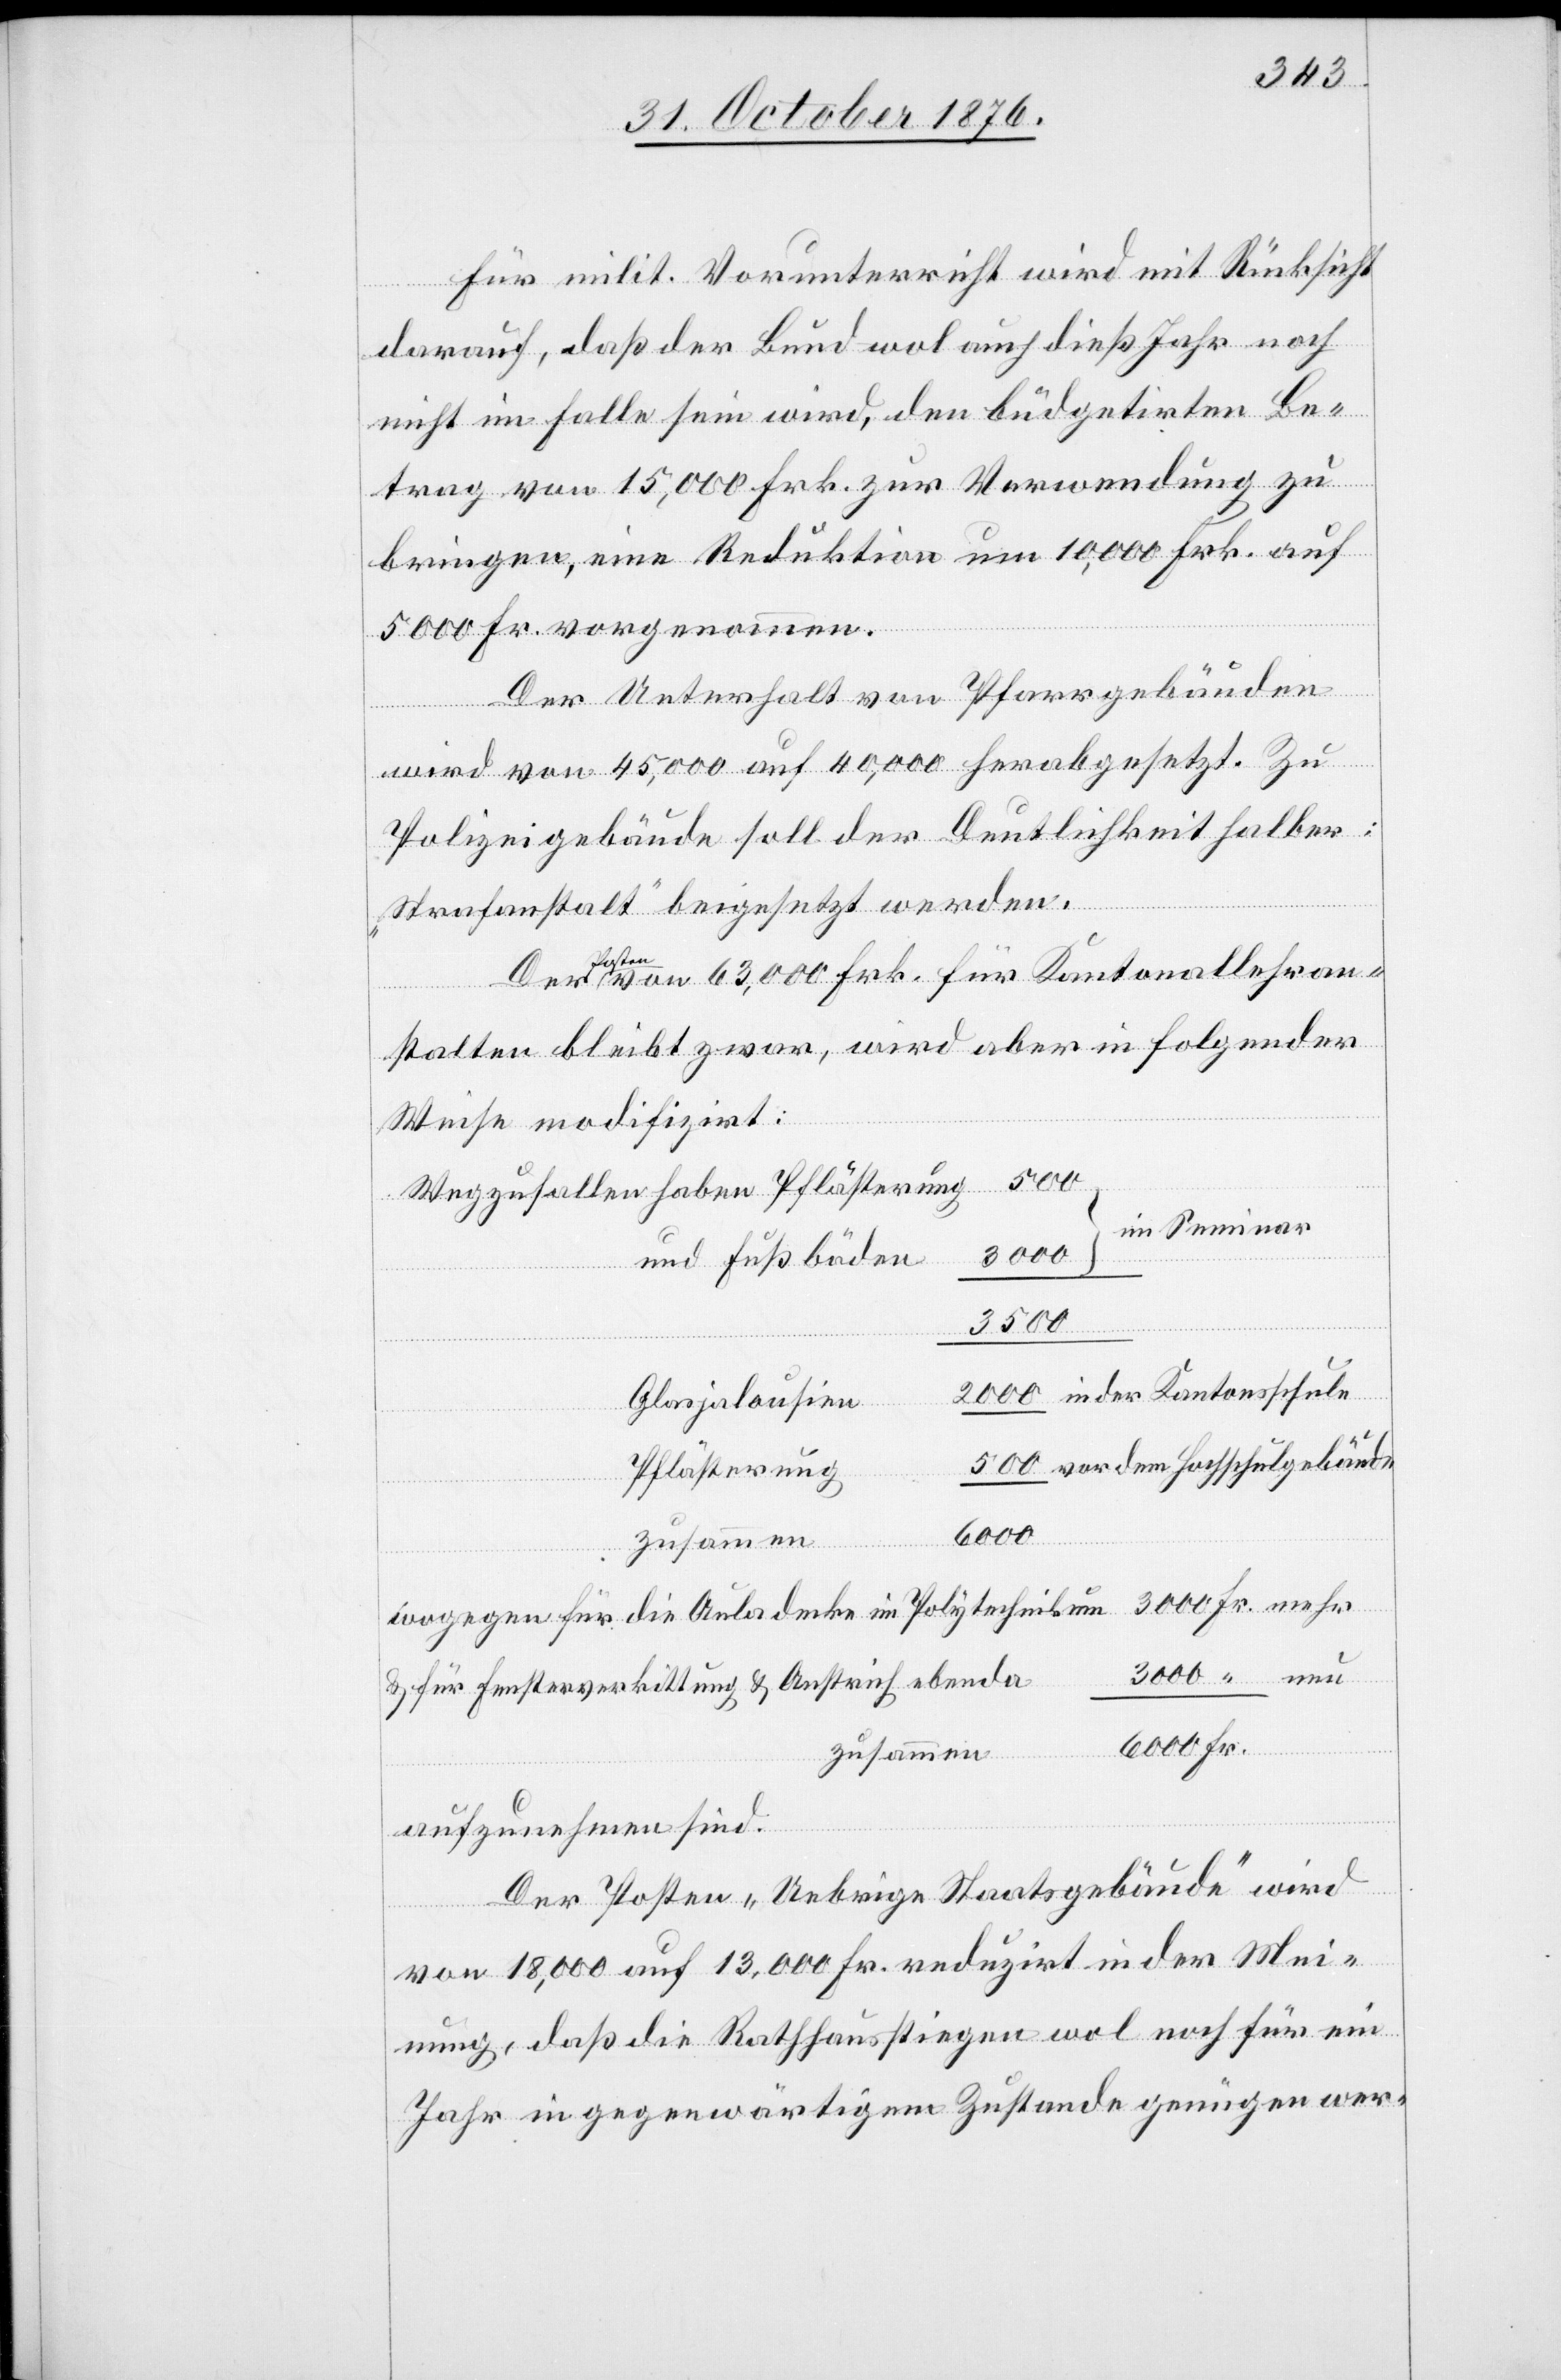
Für milit. Vorunterricht wird mit Rücksicht
darauf, daß der Bund wol auch dieß Jahr noch
nicht im Falle sein wird, den büdgetirten Be¬
trag von 15,000 Frk zur Verwendung zu
bringen, eine Reduktion um 10,000 Frk. auf
5000 Fr. vorgenommen.
Der Unterhalt von Pfarrgebäuden
wird von 45,000 auf 40,000 herabgesetzt. Zu
Polizeigebäude soll der Deutlichkeit halber:
„Strafanstalt“ beigesetzt werden.
ten von 63,000 Frk. für Kantonallehran¬
stalten bleibt zwar, wird aber in folgender
Weise modifizirt:
Wegzufallen haben Pflästerung
und Fußböden
3000
Glasjalousine
Pflästerung
6000
Auladecke im
& für Fensterverkittung & Anstrich ebenda
zusammen
aufzunehmen sind.
Der Posten „Uebrige Staatsgebäude“ wird
Fr.
von 18,000 auf 13,000 Fr. reduzirt in der Mei¬
nung, daß die Rathhausstiegen wol noch für ein
Jahr in gegenwärtigem Zustande genügen wer-